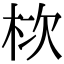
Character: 栨